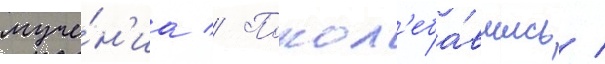
муче́н'иа // Покол'еба́вшись /